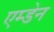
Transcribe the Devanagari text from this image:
एम्डेन